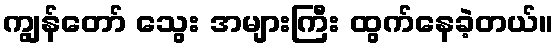
ကျွန်တော် သွေး အများကြီး ထွက်နေခဲ့တယ်။